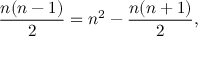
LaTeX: { \frac { n ( n - 1 ) } { 2 } } = n ^ { 2 } - { \frac { n ( n + 1 ) } { 2 } } ,